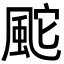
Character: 䬁